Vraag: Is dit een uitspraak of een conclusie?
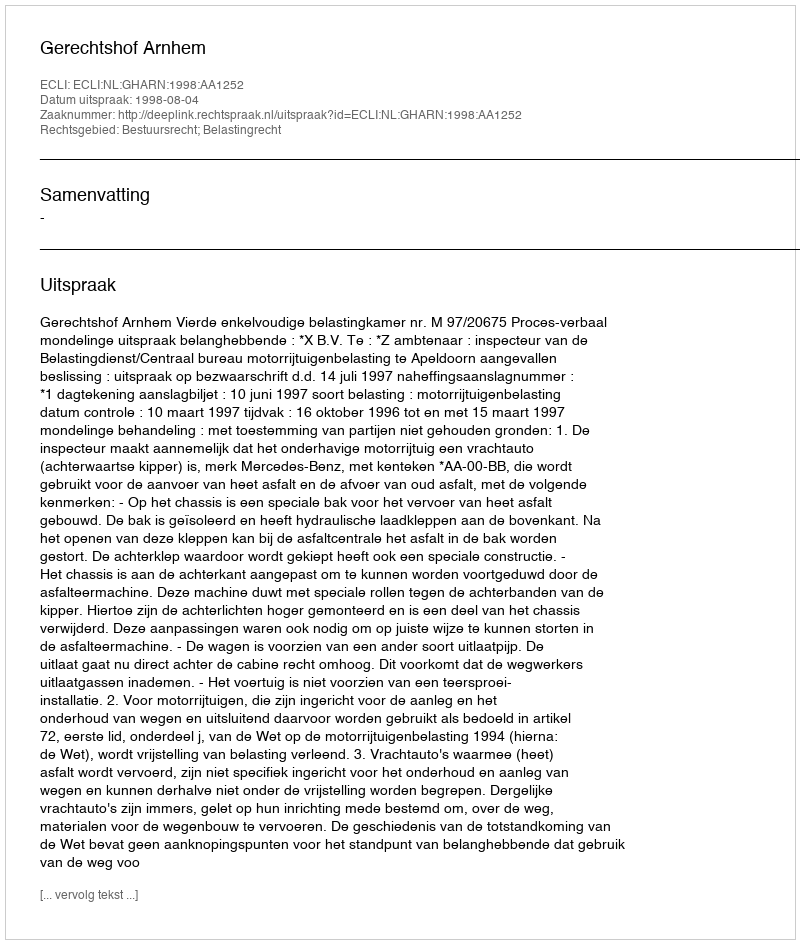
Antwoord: Uitspraak